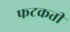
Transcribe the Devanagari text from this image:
फटकती